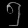
Digit: ၅